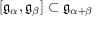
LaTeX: [ { \mathfrak { g } } _ { \alpha } , { \mathfrak { g } } _ { \beta } ] \subset { \mathfrak { g } } _ { \alpha + \beta }